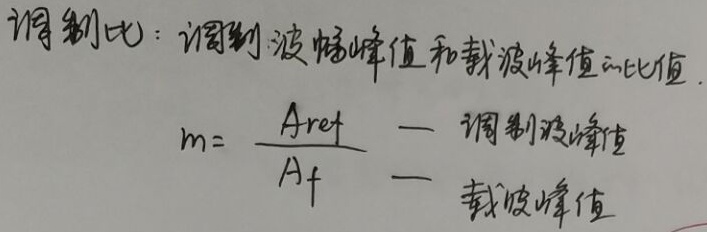
调制比：调制波幅值和载波幅值的比值.
\[
m = \frac{A_{\text{ref}}}{A_{\text{f}}} = \frac{\text{调制波峰值}}{\text{载波峰值}}
\]